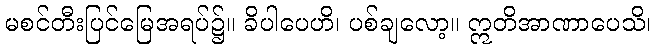
မစင်တီးပြင်မြေအရပ်၌။ ခိပါပေဟိ၊ ပစ်ချလော့။ ဣတိအာဏာပေသိ၊